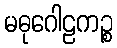
မဓုဂေါဠကဉ္စ